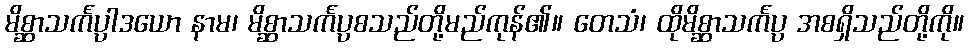
မိစ္ဆာသင်္ကပ္ပါဒယော နာမ၊ မိစ္ဆာသင်္ကပ္ပစသည်တို့မည်ကုန်၏။ တေသံ၊ ထိုမိစ္ဆာသင်္ကပ္ပ အစရှိသည်တို့ကို။